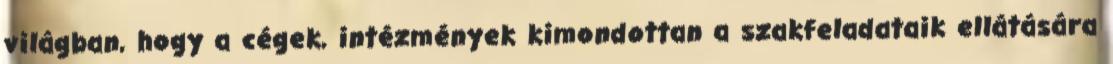
világban, hogy a cégek, intézmények kimondottan a szakfeladataik ellátására